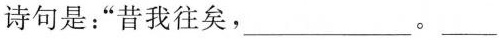
诗句是：”昔我往矣，___。 ___